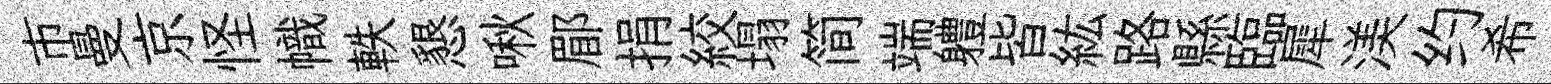
市曼京怪幟軼懇啾郿捐絞塌简端軆皆紘路縣臨犀渼约希